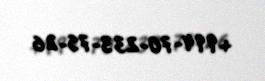
+994-70-233-75-26